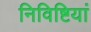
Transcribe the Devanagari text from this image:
निविष्टियां